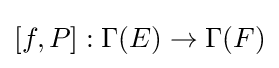
[f,P]:\Gamma (E)\to \Gamma (F)